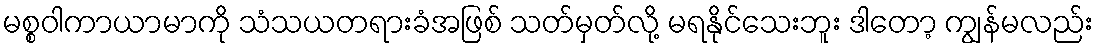
မစ္စဝါကာယာမာကို သံသယတရားခံအဖြစ် သတ်မှတ်လို့ မရနိုင်သေးဘူး ဒါတော့ ကျွန်မလည်း